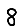
Digit: 8